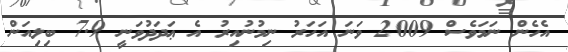
އެހެން ނަމަވެސް 2009 ވަނަ އަހަރު ނިމުނުއިރު އެ ޢަދަދުވަނީ 7.9 ބިލިއަން